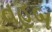
વહબ